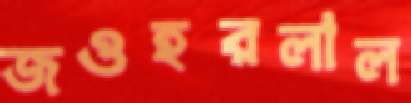
জওহরলাল